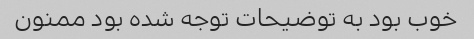
خوب بود به توضیحات توجه شده بود ممنون